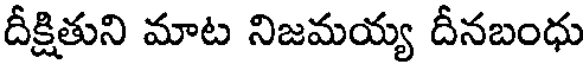
దీక్షితుని మాట నిజమయ్య దీనబంధు